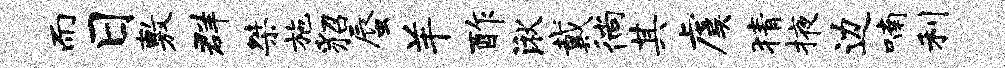
而日敷群桀施貂蜃羊酢湫戴徜其虞猜掖边喃利